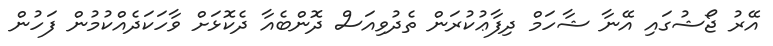
އޭރު ޖޯޝުގައި އޭނާ ޝާހަމް ދިފާޢުކުރަން ތެދުވިއަސް ދޮންބެއާ ދެކޮޅަށް ވާހަކަދެއްކުމުން ފަހުން